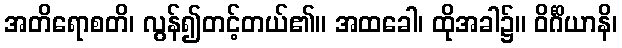
အတိရောစတိ၊ လွန်၍တင့်တယ်၏။ အထခေါ၊ ထိုအခါ၌။ ဝိင်္ဂိယာနိ၊